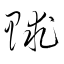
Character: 賕